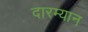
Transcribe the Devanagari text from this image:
दारम्यान